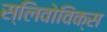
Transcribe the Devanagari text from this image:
स्लिवोविक्स